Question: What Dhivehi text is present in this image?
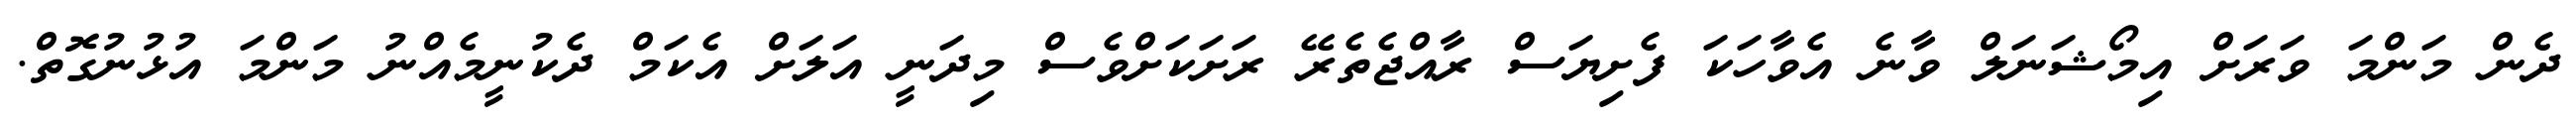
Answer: ދެން މަންމަ ވަރަށް އިމޯޝަނަލް ވާނެ އެވާހަކަ ފެށިޔަސް ރާއްޖެތެރޭ ރަށަކަށްވެސް މިދަނީ އަލަށް އެކަމް ދެކުނީމެއްނު މަންމަ އުޅުނުގޮތް.